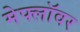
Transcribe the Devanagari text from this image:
मेफ्लॉवर